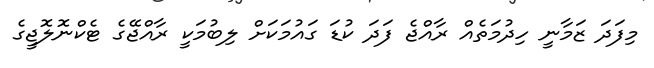
މިފަދަ ޒަމާނީ ހިދުމަތެއް ރާއްޖެ ފަދަ ކުޑަ ގައުމަކަށް ލިބުމަކީ ރާއްޖޭގެ ޓެކްނޮލޮޖީގެ